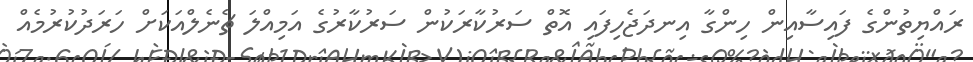
ރައްޔިތުންގެ ފައިސާއިން ހިންގާ އިނދަޖެހިފައި އޮތް ސަރުކާރަކުން ސަރުކާރުގެ އަމިއްލަ ޗެނެލްއަކަށް ހަރަދުކުރުމެއް